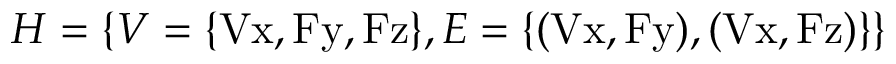
H = \{ V = \{ \mathrm { V x , F y , F z } \} , E = \{ \mathrm { ( V x , F y ) , ( V x , F z ) } \} \}